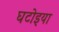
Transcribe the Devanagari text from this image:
घटोइया